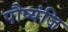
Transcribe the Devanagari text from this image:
पौष्यंजि